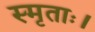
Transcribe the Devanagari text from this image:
स्मृताः।